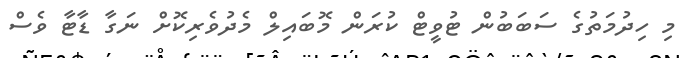
މި ހިދުމަތުގެ ސަބަބުން ޓުވީޓް ކުރަން މޮބައިލް މެދުވެރިކޮށް ނަގާ ޑާޓާ ވެސް